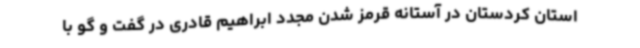
استان کردستان در آستانه قرمز شدن مجدد ابراهیم قادری در گفت و گو با